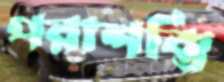
পরাশক্তি